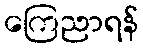
ကြေညာရန်